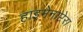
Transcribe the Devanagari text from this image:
हाइमेनाप्टेरा